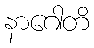
နာဂေါတိ